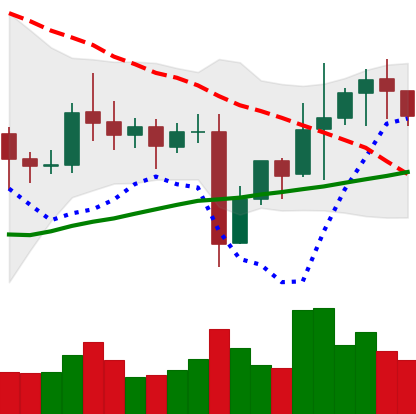
Ticker: NEO-USD
Chart end date: 2021-11-05
Forward return: 6.907%
Label: up_5_7